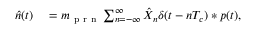
\begin{array} { r l } { \hat { n } ( t ) } & { { } = m _ { \mathrm { ~ p ~ r ~ n ~ } } \sum _ { n = - \infty } ^ { \infty } \hat { X } _ { n } \delta ( t - n T _ { c } ) \ast p ( t ) , } \end{array}